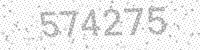
Solution: 574275